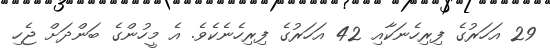
29 އަހަރުގެ ފިރިހެނަކާއި 42 އަހަރުގެ ފިރިހެނެކެވެ. އެ މީހުންގެ ބަންދަށް ޖެހި